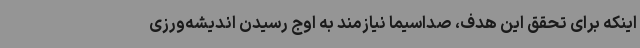
اینکه برای تحقق این هدف، صداسیما نیازمند به اوج رسیدن اندیشه‌ورزی